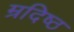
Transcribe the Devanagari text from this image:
म्रदिष्ठ